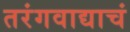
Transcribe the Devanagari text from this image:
तरंगवाद्याचं